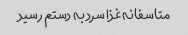
متاسفانه غذا سرد به دستم رسید